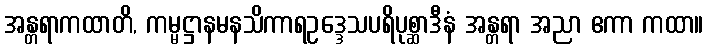
အန္တရာကထာတိ, ကမ္မဋ္ဌာနမနသိကာရဥဒ္ဒေသပရိပုစ္ဆာဒီနံ အန္တရာ အညာ ဧကာ ကထာ။